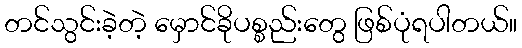
တင်သွင်းခဲ့တဲ့ မှောင်ခိုပစ္စည်းတွေ ဖြစ်ပုံရပါတယ်။